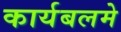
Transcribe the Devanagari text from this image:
कार्यबलमे